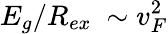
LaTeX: E_{g}/R_{ex}~\sim v_{F}^{2}